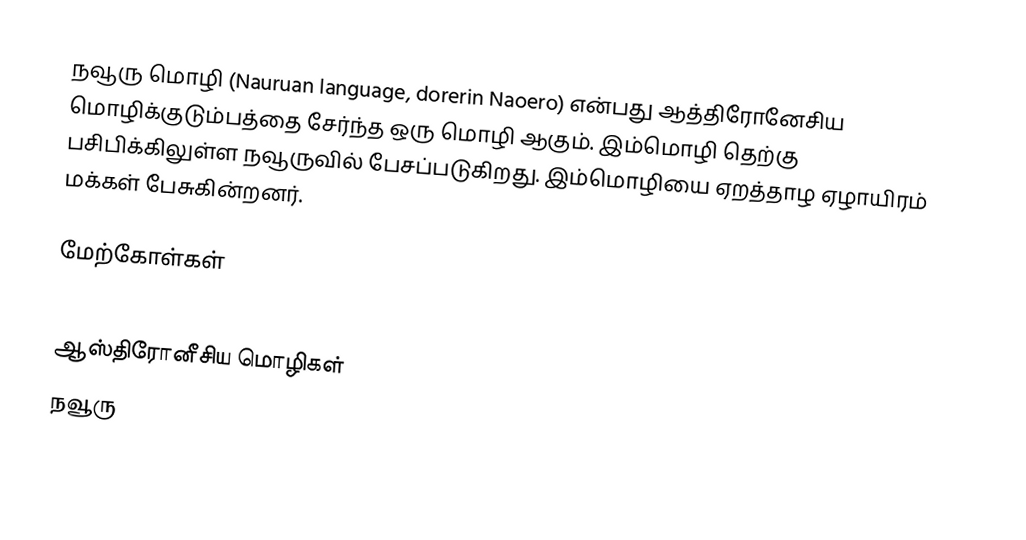
நவூரு மொழி (Nauruan language, dorerin Naoero) என்பது ஆத்திரோனேசிய மொழிக்குடும்பத்தை சேர்ந்த ஒரு மொழி ஆகும். இம்மொழி தெற்கு பசிபிக்கிலுள்ள நவூருவில் பேசப்படுகிறது. இம்மொழியை ஏறத்தாழ ஏழாயிரம் மக்கள் பேசுகின்றனர்.

மேற்கோள்கள்

ஆஸ்திரோனீசிய மொழிகள்
நவூரு